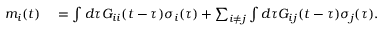
\begin{array} { r l } { m _ { i } ( t ) } & { { } = \int d \tau G _ { i i } ( t - \tau ) \sigma _ { i } ( \tau ) + \sum _ { i \neq j } \int d \tau G _ { i j } ( t - \tau ) \sigma _ { j } ( \tau ) . } \end{array}